Civil Veterinary Department Bihar reports 1936-40 - 1936-1940
Year: 1936
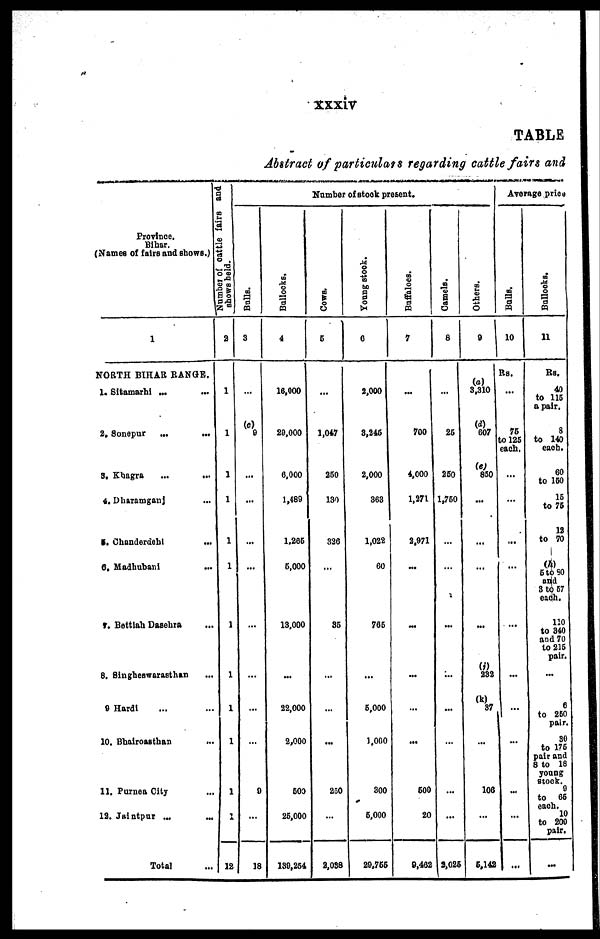
xxxiv
TABLE
Abstract of particulate regarding cattle fairs and
Province.
Bihar.
(Names of fairs and shows.)
1
NORTH BIHAR RANGE.
1. Sitamarhi ... …
2. Sonepur … …
3. Khagra
...
...
4. Dharamganj …
5. Chanderdehi …
6. Madhubani
...
7. Bettlah Dasehra …
8. Singheswarasthan …
9 Hardi … …
10. Bhairoasthan
...
11. Purnea City …
12. Jaintpur ... …
Total …
Number of cattle fairs and
shows held.
2
1
1
1
1
1
1
1
1
1
1
1
1
12
Number of stock present.
Balls.
3
...
(c)
9
...
...
...
…
…
...
…
...
9
...
18
Bullocks.
4
16,000
29,000
6,000
1,489
1.266
5,000
13,000
...
22,000
2,000
600
26,000
130,254
Cows.
6
...
1,047
260
130
326
…
36
…
…
...
250
...
2,038
Young stock.
6
2,000
3,246
2,000
363
1,022
60
765
...
6,000
1,000
300
6,000
20,766
Buffaloes.
7
...
700
4,000
1,271
2,971
…
...
...
…
...
600
20
9,462
Camels.
8
...
26
260
1,750
…
…
...
...
…
…
…
...
3,026
Others.
9
(a)
3,310
(d)
607
(e)
850
...
...
…
...
(i)
232
37
...
106
...
5,142
Average price
Bulls.
10
Rs.
...
76
to 125
each.
...
…
...
…
...
...
...
...
...
...
...
Bullocks.
11
Rs.
40
to 116
a pair.
8
to 140
each.
60
to 160
15
to 75
12
to 70
(h)
5 to 80
and
3 to 57
each.
110
to 340
and 70
to 215
pair.
...
6
to 260
pair.
30
to 176
pair and
8 to 18
young
stock. 9
to 65
each. 10
to 200
pair.
...